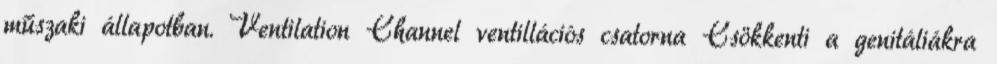
műszaki állapotban. Ventilation Channel ventillációs csatorna Csökkenti a genitáliákra